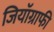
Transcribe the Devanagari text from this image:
जियॉग्राफी